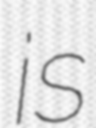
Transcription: is